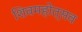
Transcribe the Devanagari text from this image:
शिवमहोत्सव